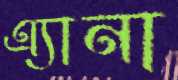
এ্যানা